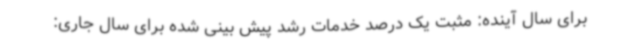
برای سال آینده: مثبت یک درصد خدمات رشد پیش بینی شده برای سال جاری: